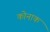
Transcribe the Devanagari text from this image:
कोनाक